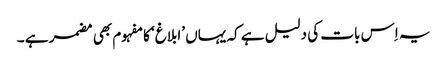
یہ اِس بات کی دلیل ہے کہ یہاں ’ابلاغ‘ کا مفہوم بھی مضمر ہے ۔